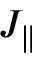
J _ { \parallel }